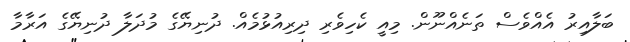
ބަލާއިރު އެއްވެސް ތަނެއްނޫން. މިއީ ކެހިވެރި ދިރިއުޅުމެއް. ދުނިޔޭގެ މުދަލާ ދުނިޔޭގެ އަރާމާ